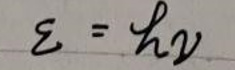
$\varepsilon = h\nu$